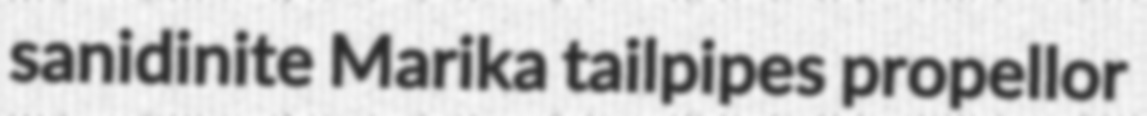
sanidinite Marika tailpipes propellor